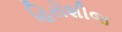
હિરોશીજ